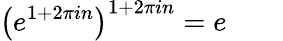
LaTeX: \left(e^{1+2\pi in}\right)^{1+2\pi in}=e\qquad